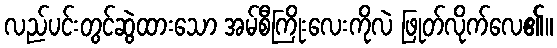
လည်ပင်းတွင်ဆွဲထားသော အမ်စီကြိုးလေးကိုလဲ ဖြုတ်လိုက်လေ၏။